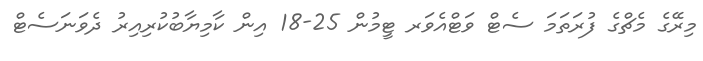
މިރޭގެ މެޗްގެ ފުރަތަމަ ސެޓް ވަޓްއެވަރ ޓީމުން 25-18 އިން ކާމިޔާބުކުރިއިރު ދެވަނަސެޓް